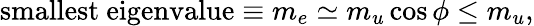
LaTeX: \mathrm{smallest\ eigenvalue}\equiv m_{e}\simeq m_{u}\cos\phi\le m_{u},